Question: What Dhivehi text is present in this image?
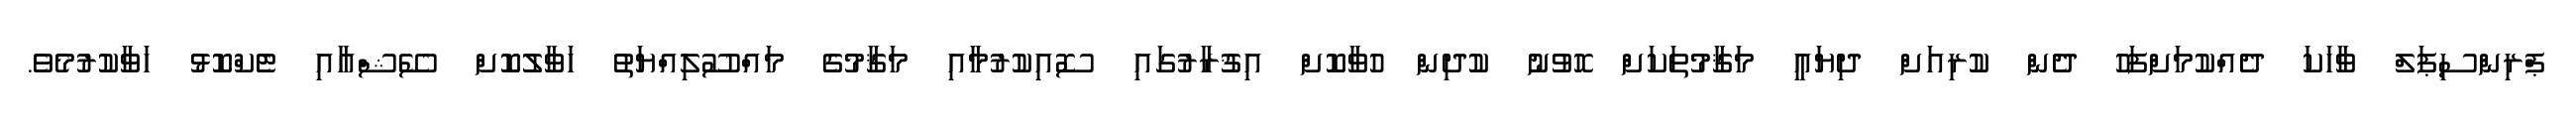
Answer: ޕްރިންސިޕަލް ވާހަކަ ދެއްކުމަށްފަހު ދެން ކުރިއަށް ދިޔައީ މަޤާމުތަކަށް ހޮވުނު ކުދިން ހުވާކޮށް އިޤުރާރުގައި ސޮއިކުރުމާއި މަޤާމުގެ މައްސޫލިއްޔަތު ހަވާލުކޮށް ސޭޝްއާއި ޓެކްކޮޅު ހަވާކުރުމެވެ.